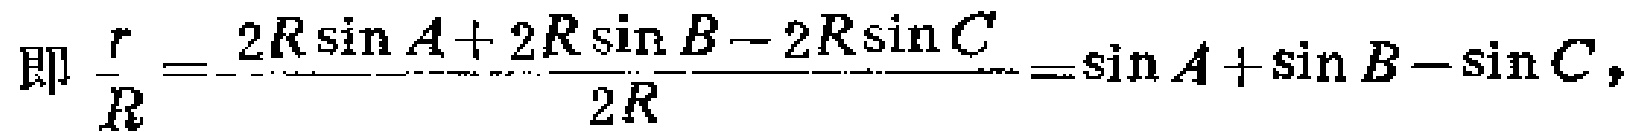
即 \(\frac{r}{R}=\frac{2R\sin A + 2R\sin B - 2R\sin C}{2R}=\sin A+\sin B - \sin C\)，